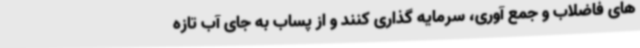
های فاضلاب و جمع آوری، سرمایه گذاری کنند و از پساب به جای آب تازه